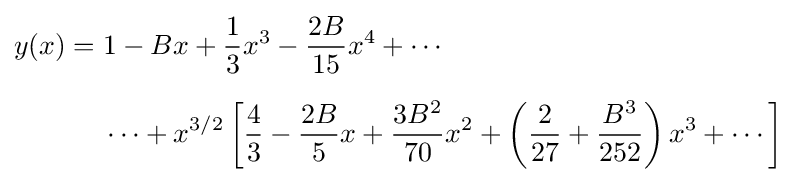
{\begin{aligned}y(x)={}&1-Bx+{\frac {1}{3}}x^{3}-{\frac {2B}{15}}x^{4}+\cdots {}\\[6pt]&\cdots +x^{3/2}\left[{\frac {4}{3}}-{\frac {2B}{5}}x+{\frac {3B^{2}}{70}}x^{2}+\left({\frac {2}{27}}+{\frac {B^{3}}{252}}\right)x^{3}+\cdots \right]\end{aligned}}